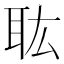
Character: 耾